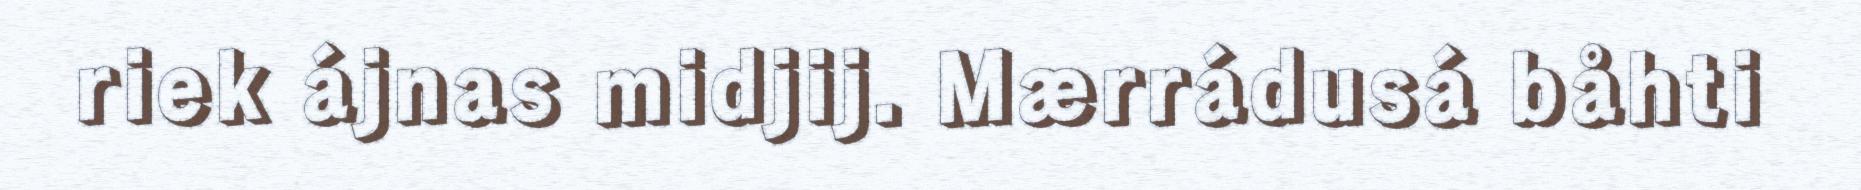
riek ájnas midjij. Mærrádusá båhti